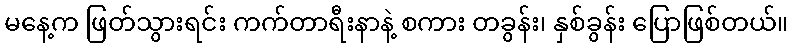
မနေ့က ဖြတ်သွားရင်း ကက်တာရီးနာနဲ့ စကား တခွန်း၊ နှစ်ခွန်း ပြောဖြစ်တယ်။